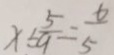
x \div \frac { 5 } { 9 } = \frac { 6 } { 5 }